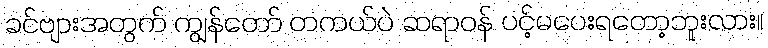
ခင်ဗျားအတွက် ကျွန်တော် တကယ်ပဲ ဆရာဝန် ပင့်မပေးရတော့ဘူးလား။